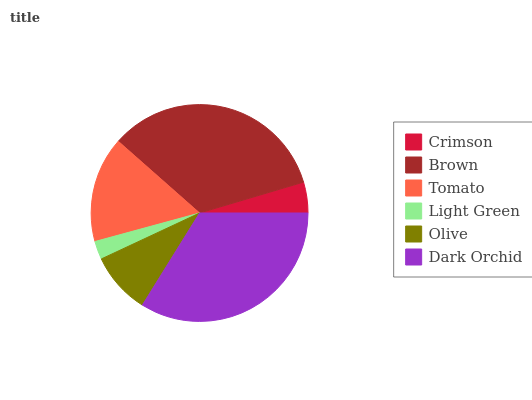
| Crimson | Brown | Tomato | Light Green | Olive | Dark Orchid |
 | --- | --- | --- | --- | --- | --- |
 | 4.58% | 33.9% | 15.7% | 2.72% | 9.2% | 33.9% |